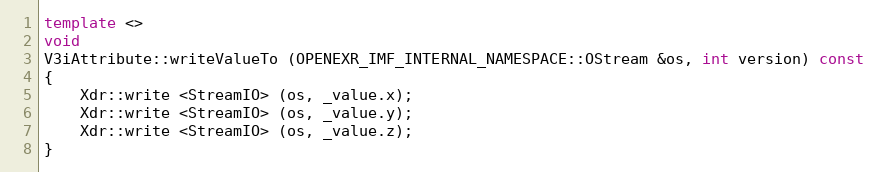
Language: C++
template <>
void
V3iAttribute::writeValueTo (OPENEXR_IMF_INTERNAL_NAMESPACE::OStream &os, int version) const
{
    Xdr::write <StreamIO> (os, _value.x);
    Xdr::write <StreamIO> (os, _value.y);
    Xdr::write <StreamIO> (os, _value.z);
}